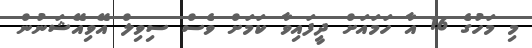
މި މަހުގެ 16 އާ ހަމައަށް ދީފައިވާ ކަމަށް ވެސް ސިވިލް އޭވިއޭޝަނުން